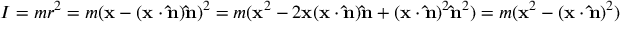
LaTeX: I = m r ^ { 2 } = m ( \mathbf { x } - ( \mathbf { x } \cdot \mathbf { \hat { n } } ) \mathbf { \hat { n } } ) ^ { 2 } = m ( \mathbf { x } ^ { 2 } - 2 \mathbf { x } ( \mathbf { x } \cdot \mathbf { \hat { n } } ) \mathbf { \hat { n } } + ( \mathbf { x } \cdot \mathbf { \hat { n } } ) ^ { 2 } \mathbf { \hat { n } } ^ { 2 } ) = m ( \mathbf { x } ^ { 2 } - ( \mathbf { x } \cdot \mathbf { \hat { n } } ) ^ { 2 } )